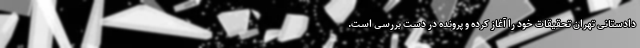
دادستانی تهران تحقیقات خود را آغاز کرده و پرونده در دست بررسی است.